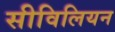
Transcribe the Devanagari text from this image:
सीविलियन